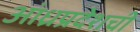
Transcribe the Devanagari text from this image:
आंध्रप्रदेशची